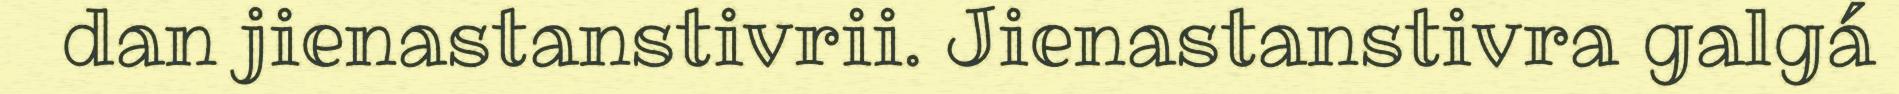
dan jienastanstivrii. Jienastanstivra galgá